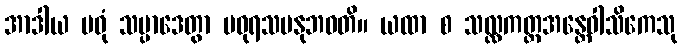
အာဒါယ မဓုံ သမ္ပာဒေတွာ မဓုရသမနုဘဝတိ။ ယထာ စ သလ္လကတ္တအန္တေဝါသိကေသု